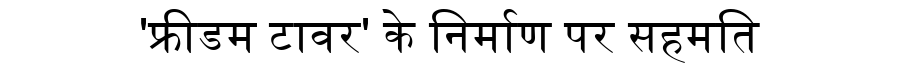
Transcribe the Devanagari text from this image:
'फ्रीडम टावर' के निर्माण पर सहमति